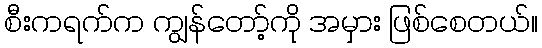
စီးကရက်က ကျွန်တော့်ကို အမှား ဖြစ်စေတယ်။